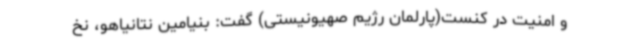
و امنیت در کنست(پارلمان رژیم صهیونیستی) گفت: بنیامین نتانیاهو، نخ